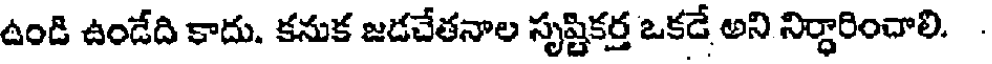
ఉండి ఉండేది కాదు. కనుక జడచేతనాల సృష్టికర్త ఒకడే అని నిర్ధారించాలి.